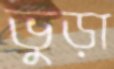
ভুড়া